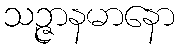
သဉ္ဇာနမာနော